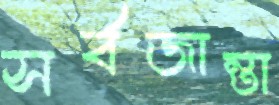
সর্বজান্তা